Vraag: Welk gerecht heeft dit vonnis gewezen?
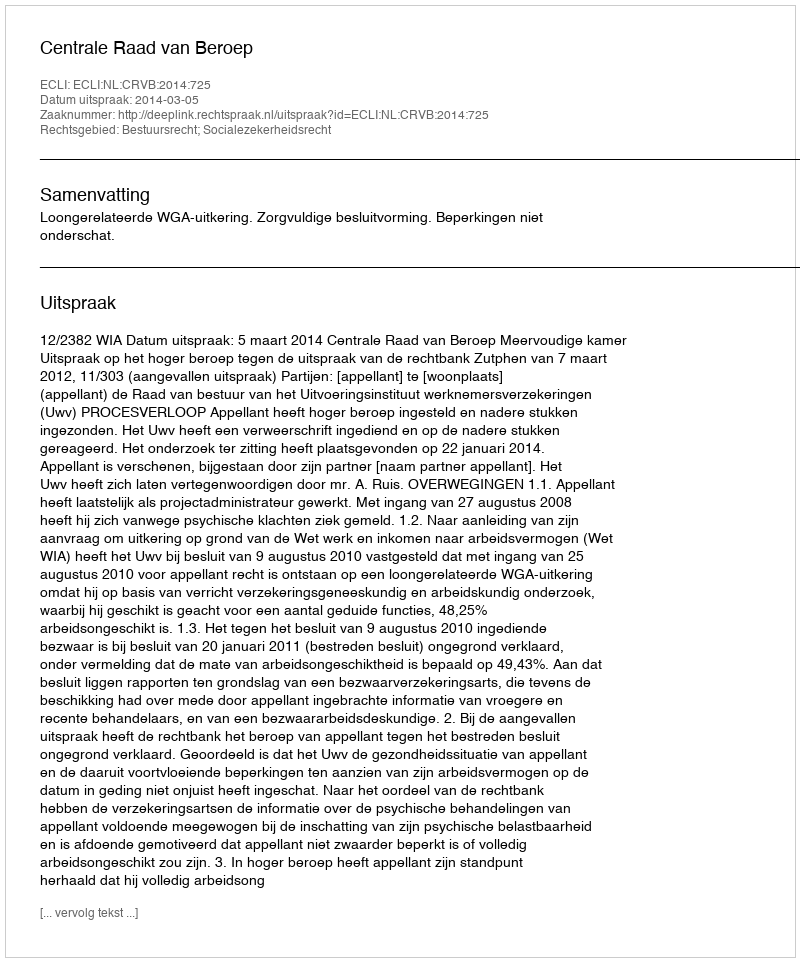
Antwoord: Centrale Raad van Beroep